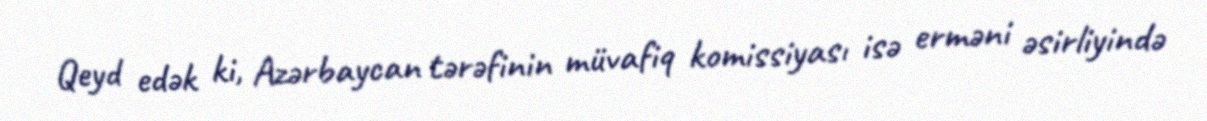
Qeyd edək ki, Azərbaycan tərəfinin müvafiq komissiyası isə erməni əsirliyində